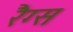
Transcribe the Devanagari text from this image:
रैग्स